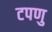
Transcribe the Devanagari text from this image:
टपणु